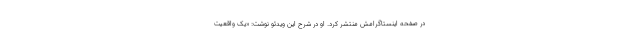
در صفحه اینستاگرامش منتشر کرد. او در شرح این ویدئو نوشت: «یک واقعیت